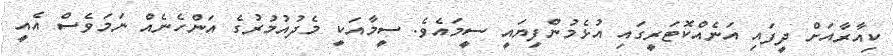
ކިއާރާއަށް ދީފައި އަނެއްކޮޓަރީގައި އުޅެމުންފިޔައީ ސީމައެވެ. ސީމާއަކީ މެދުއުމުރުގެ އަންހެނެއް ނަމަވެސް އެއީ